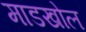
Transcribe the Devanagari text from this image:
माडखोल